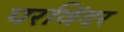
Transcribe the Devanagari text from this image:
परविंदर